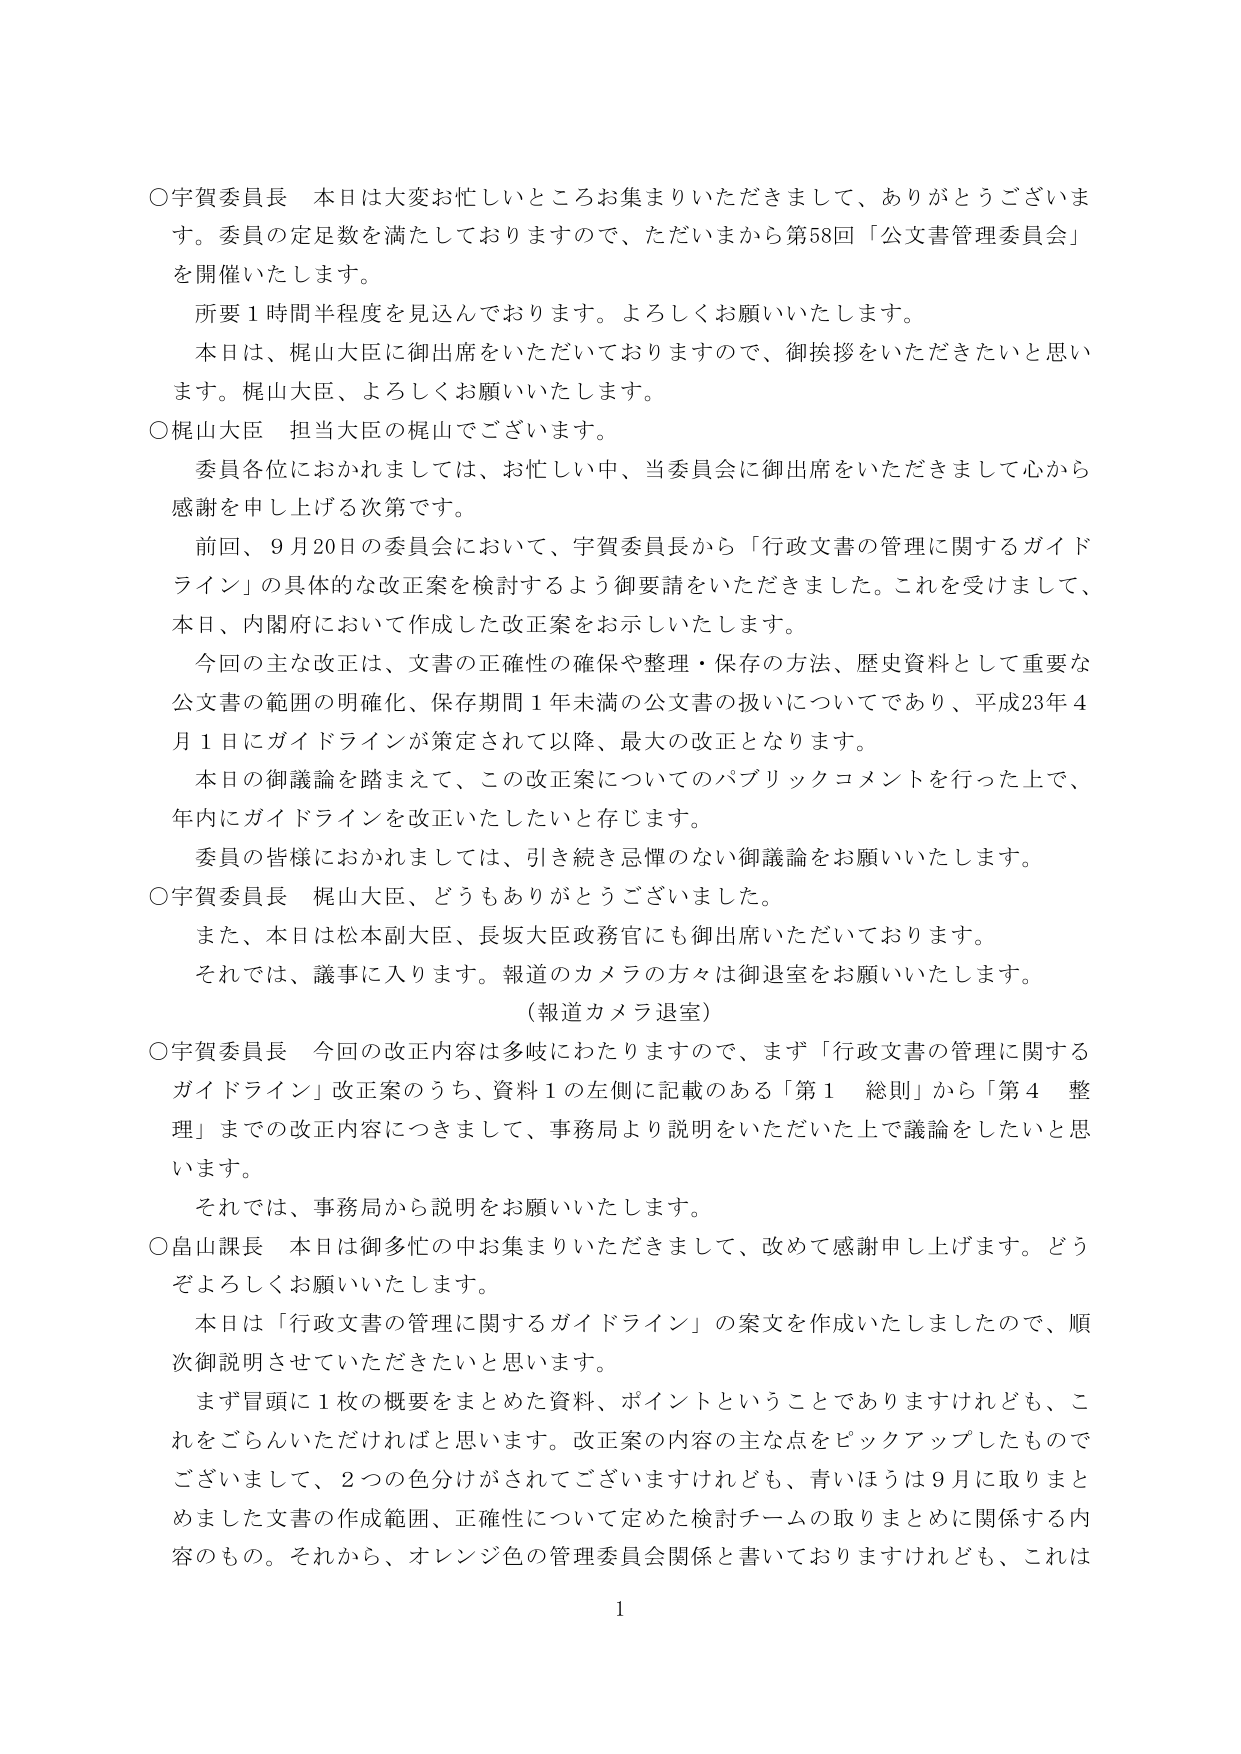
○宇賀委員長　本日は大変お忙しいところお集まりいただきまして、ありがとうございます。委員の定足数を満たしておりますので、ただいまから第58回「公文書管理委員会」を開催いたします。

　所要１時間半程度を見込んでおります。よろしくお願いいたします。

　本日は、梶山大臣に御出席をいただいておりますので、御挨拶をいただきたいと思います。梶山大臣、よろしくお願いいたします。

○梶山大臣　担当大臣の梶山でございます。

　委員各位におかれましては、お忙しい中、当委員会に御出席をいただきまして心から感謝を申し上げる次第です。

　前回、９月20日の委員会において、宇賀委員長から「行政文書の管理に関するガイドライン」の具体的な改正案を検討するよう御要請をいただきました。これを受けて、本日、内閣府において作成した改正案をお示しいたします。

　今回の主な改正は、文書の正確性の確保や整理・保存の方法、歴史資料として重要な公文書の範囲の明確化、保存期間１年未満の公文書の扱いについてであり、平成23年４月１日にガイドラインが策定されて以降、最大の改正となります。

　本日の御議論を踏まえて、この改正案についてのパブリックコメントを行った上で、年内にガイドラインを改正いたしたいと存じます。

　委員の皆様におかれましては、引き続き忌憚のない御議論をお願いいたします。

○宇賀委員長　梶山大臣、どうもありがとうございました。

　また、本日は松本副大臣、長坂大臣政務官にも御出席いただいております。

　それでは、議事に入ります。報道のカメラの方々は御退室をお願いいたします。

　（報道カメラ退室）

○宇賀委員長　今回の改正内容は多岐にわたりますので、まず「行政文書の管理に関するガイドライン」改正案のうち、資料１の左側に記載のある「第１　総則」から「第４　整理」までの改正内容につきまして、事務局より説明をいただいた上で議論をしたいと思います。

　それでは、事務局から説明をお願いいたします。

○畠山課長　本日は御多忙の中お集まりいただきまして、改めて感謝申し上げます。どうぞよろしくお願いいたします。

　本日は「行政文書の管理に関するガイドライン」の案文を作成いたしましたので、順次御説明させていただきたいと思います。

　まず冒頭に１枚の概要をまとめた資料、ポイントということでありますけれども、これをごらんいただければと思います。改正案の内容の主な点をピックアップしたものでございまして、２つの色分けがされてございますけれども、青いほうは９月に取りまとめました文書の作成範囲、正確性について定めた検討チームの取りまとめに関係する内容のもの。それから、オレンジ色の管理委員会関係と書いておりますけれども、これは

1